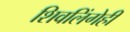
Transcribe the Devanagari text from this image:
शिवलिंगेही